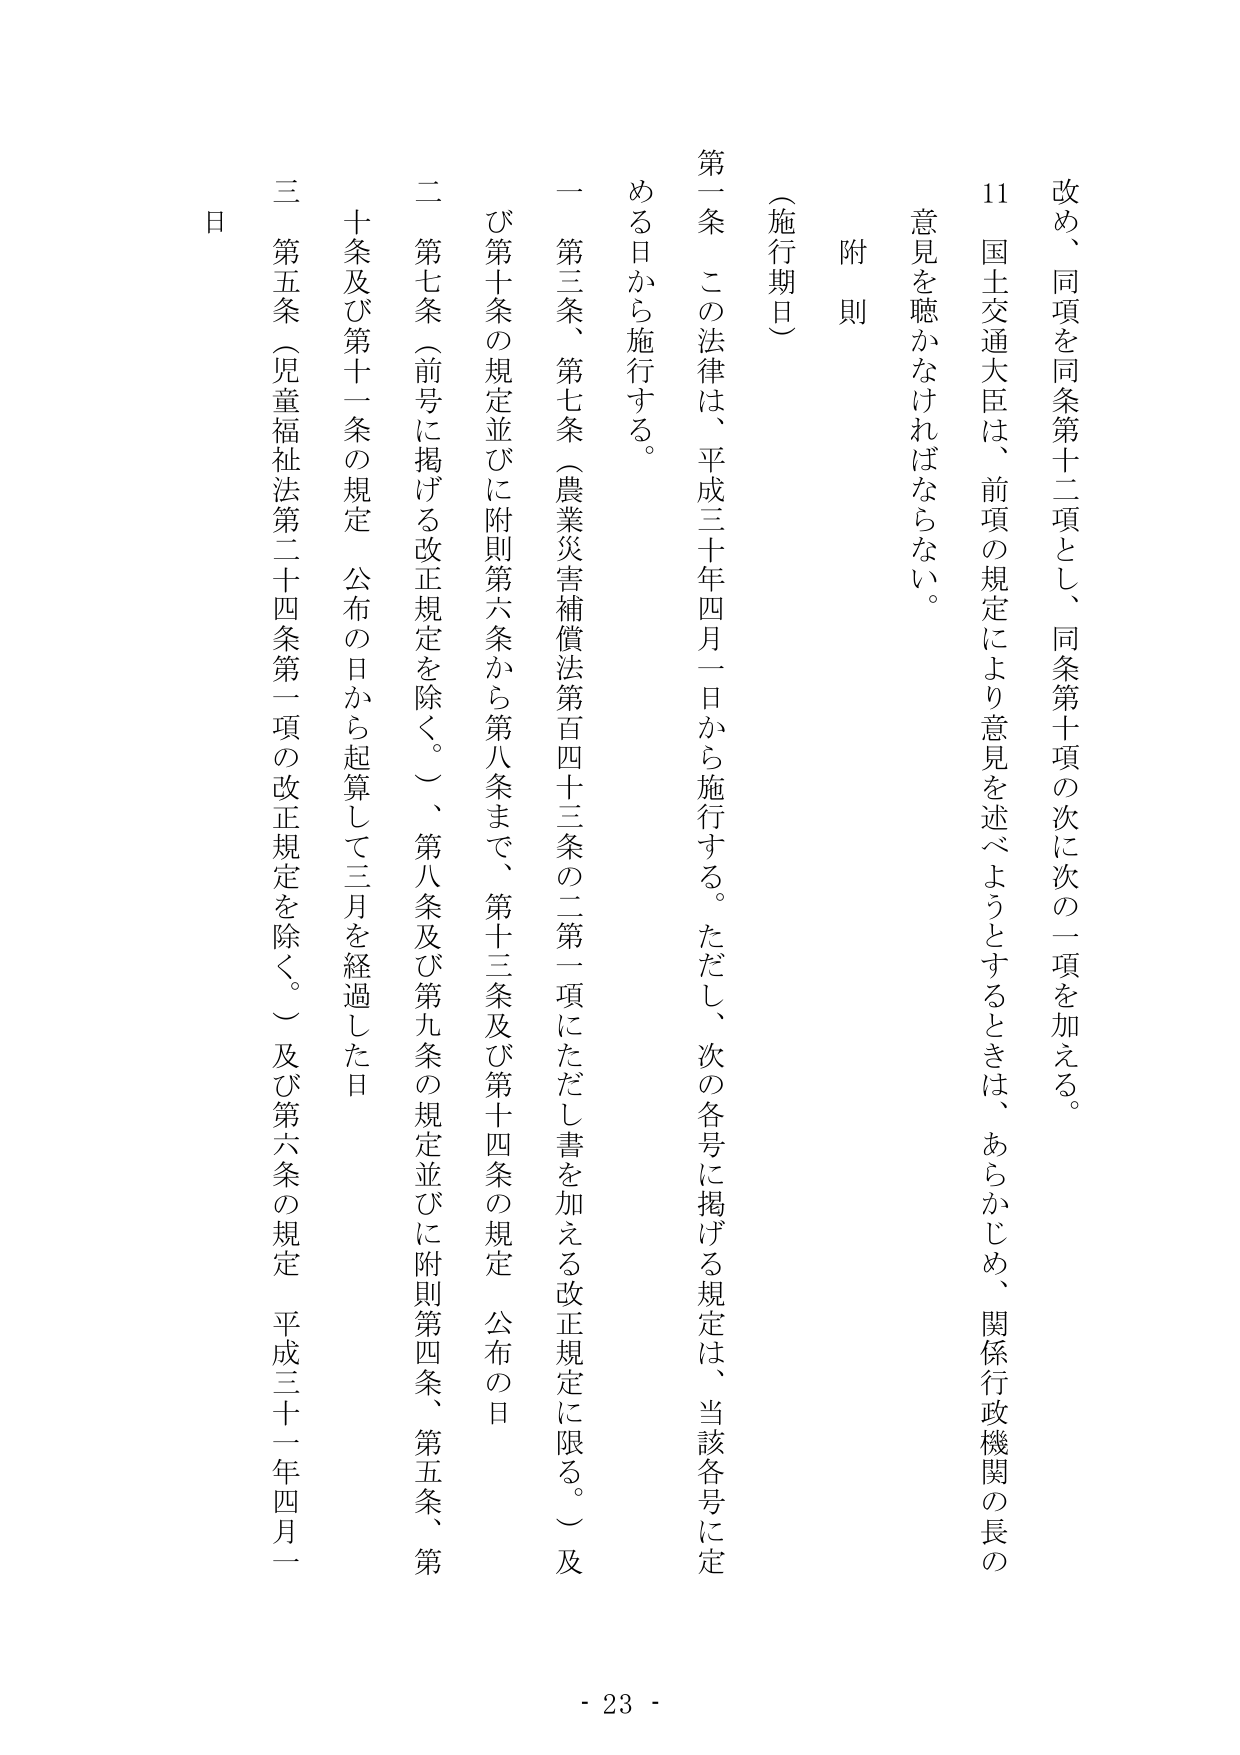
改め、同項を同条第十二項とし、同条第十項の次に次の一項を加える。

11 国土交通大臣は、前項の規定により意見を述べようとするときは、あらかじめ、関係行政機関の長の意見を聴かなければならない。

附 則

（施行期日）

第一条 この法律は、平成三十年四月一日から施行する。ただし、次の各号に掲げる規定は、当該各号に定める日から施行する。

一 第三条、第七条（農業災害補償法第百四十三条の二第一項にただし書を加える改正規定に限る。）及び第十条の規定並びに附則第六条から第八条まで、第十三条及び第十四条の規定 公布の日

二 第七条（前号に掲げる改正規定を除く。）、第八条及び第九条の規定並びに附則第四条、第五条、第十条及び第十一条の規定 公布の日から起算して三月を経過した日

三 第五条（児童福祉法第二十四条第一項の改正規定を除く。）及び第六条の規定 平成三十一年四月一日

- 23 -